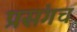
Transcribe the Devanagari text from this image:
प्रसंगच